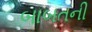
બાબતની